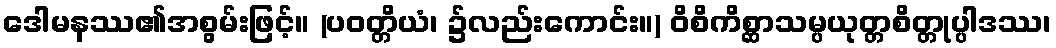
ဒေါမနဿ၏အစွမ်းဖြင့်။ (ပဝတ္တိယံ၊ ၌လည်းကောင်း။) ဝိစိကိစ္ဆာသမ္ပယုတ္တစိတ္တုပ္ပါဒဿ၊